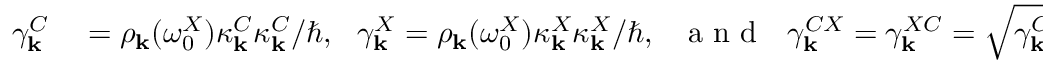
\begin{array} { r l } { \gamma _ { \bf k } ^ { C } } & { { } = \rho _ { \bf k } ( \omega _ { 0 } ^ { X } ) \kappa _ { \bf k } ^ { C } \kappa _ { \bf k } ^ { C } / \hbar , ~ ~ \gamma _ { \bf k } ^ { X } = \rho _ { \bf k } ( \omega _ { 0 } ^ { X } ) \kappa _ { \bf k } ^ { X } \kappa _ { \bf k } ^ { X } / \hbar , ~ ~ \mathrm { ~ a ~ n ~ d ~ } ~ ~ \gamma _ { \bf k } ^ { C X } = \gamma _ { \bf k } ^ { X C } = \sqrt { \gamma _ { \bf k } ^ { C } \gamma _ { \bf k } ^ { X } } . } \end{array}